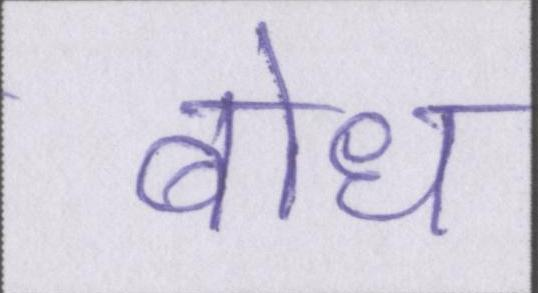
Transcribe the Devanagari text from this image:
बोध